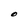
Character: O